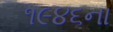
૧૯૪૬ના